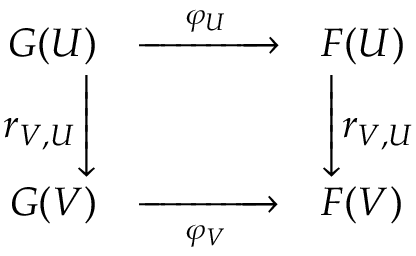
\begin{array} { r c l } { G ( U ) } & { { \xrightarrow { \quad \varphi _ { U } \quad } } } & { F ( U ) } \\ { r _ { V , U } { \Biggl \downarrow } } & { } & { { \Biggl \downarrow } r _ { V , U } } \\ { G ( V ) } & { { \xrightarrow [ { \quad \varphi _ { V } \quad } ] { } } } & { F ( V ) } \end{array}